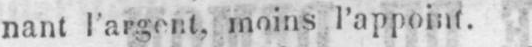
nant l’argent, moins l’appoint.